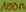
Text: 100n